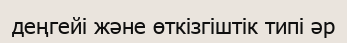
деңгейі және өткізгіштік типі әр